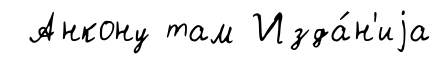
Анкону там Изда́н'иjа